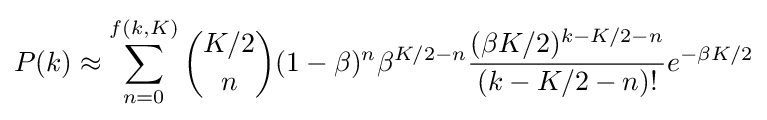
P(k)\approx \sum _{n=0}^{f(k,K)}{{K/2} \choose {n}}(1-\beta )^{n}\beta ^{K/2-n}{\frac {(\beta K/2)^{k-K/2-n}}{(k-K/2-n)!}}e^{-\beta K/2}